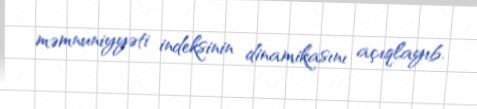
məmnuniyyəti indeksinin dinamikasını açıqlayıb.